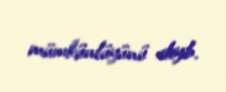
mümkünlüyünü deyib.